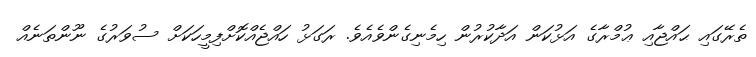
ތެރޭގައި ޙައްޖާއި ޢުމްރާގެ އަޅުކަން އަދާކުރުން ހިމެނިގެންވެއެވެ. ރަގަޅު ހައްޖެއްކޮށްފިމީހަކަށް ސުވަރުގެ ނޫންތަނެއް